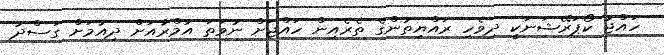
ހައްޖު ކޯޕަރޭޝަނަކީ ދިވެހި ރައްޔިތުންގެ ތެރެއިން ހައްޖަށް ނުވަތަ އުމްރާއަށް ދިއުމަށް ގަސްދު